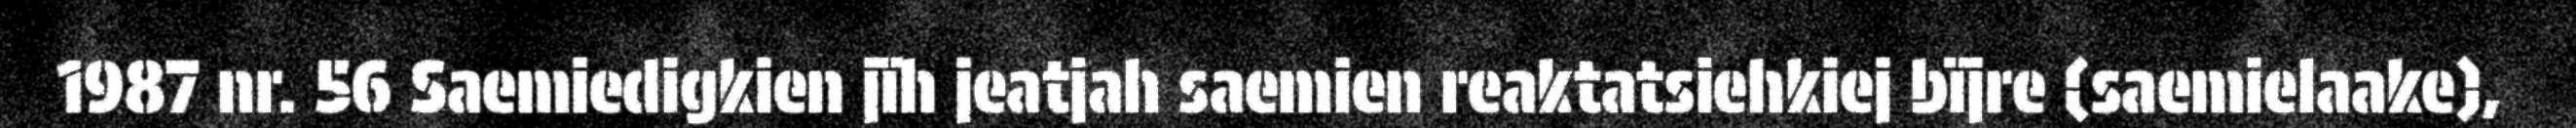
1987 nr. 56 Saemiedigkien jïh jeatjah saemien reaktatsiehkiej bïjre (saemielaake),